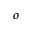
^ o